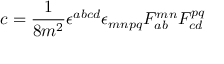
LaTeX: c = \frac { 1 } { 8 m ^ { 2 } } \epsilon ^ { a b c d } \epsilon _ { m n p q } F _ { a b } ^ { m n } F _ { c d } ^ { p q }